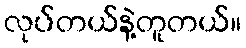
လုပ်တယ်နဲ့တူတယ်။